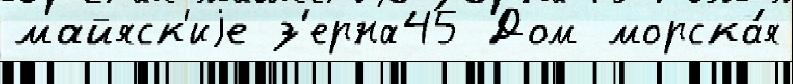
майяск'иjе з'ерна45 Дом морска́я